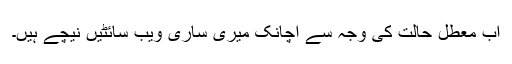
اب معطل حالت کی وجہ سے اچانک میری ساری ویب سائٹیں نیچے ہیں۔